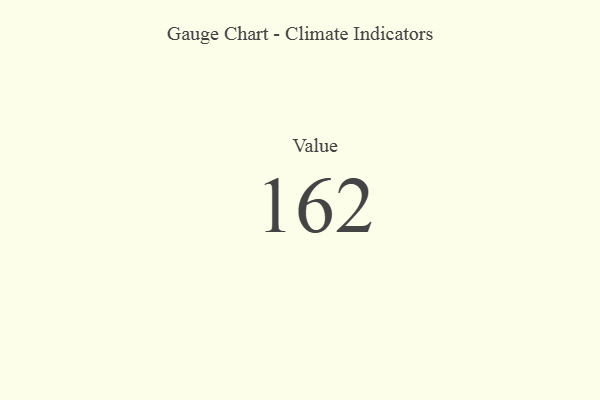
{"axis": {"x": "Metric", "y": "Value"}, "legend": [""], "data": [{"x": "Value", "y": 162, "type": ""}]}